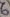
Text: 6